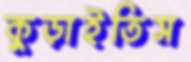
কুড়াইতিস